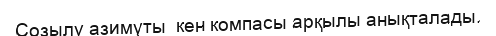
Созылу азимуты  кен компасы арқылы анықталады.